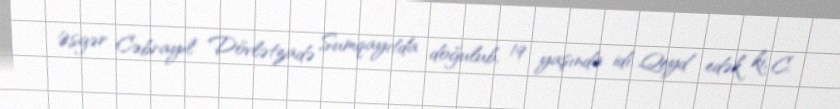
Əsgər Cəbrayıl Dövlətzadə Sumqayıtda doğulub, 19 yaşında idi. Qeyd edək ki, C.